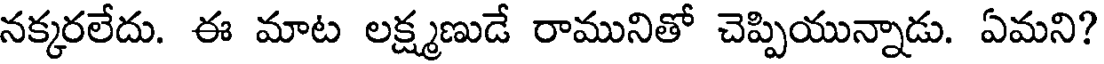
నక్కరలేదు. ఈ మాట లక్ష్మణుడే రామునితో చెప్పియున్నాడు. ఏమని?